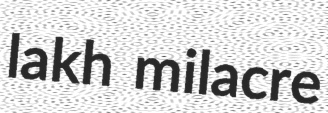
lakh milacre